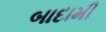
બાદામી